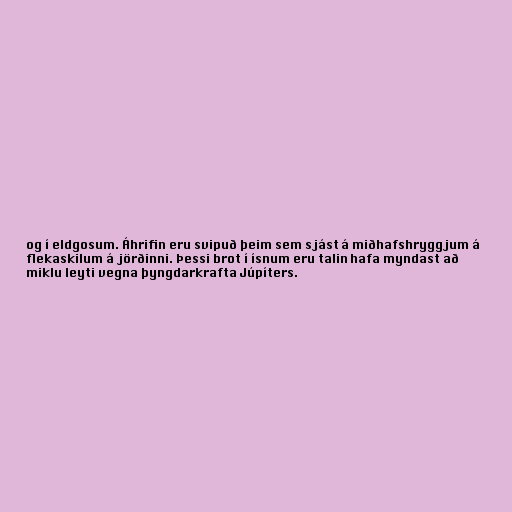
og í eldgosum. Áhrifin eru svipuð þeim sem sjást á miðhafshryggjum á
flekaskilum á jörðinni. Þessi brot í ísnum eru talin hafa myndast að
miklu leyti vegna þyngdarkrafta Júpíters.